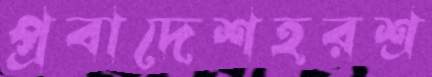
প্রবাদেশহরশ্র